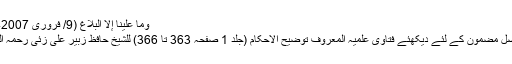
وما علینا إلا البلاغ (9/ فروری 2007ء)
اصل مضمون کے لئے دیکھئے فتاویٰ علمیہ المعروف توضیح الاحکام (جلد 1 صفحہ 363 تا 366) للشیخ حافظ زبیر علی زئی رحمہ اللہ